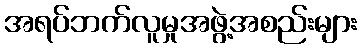
အရပ်ဘက်လူမှုအဖွဲ့အစည်းများ